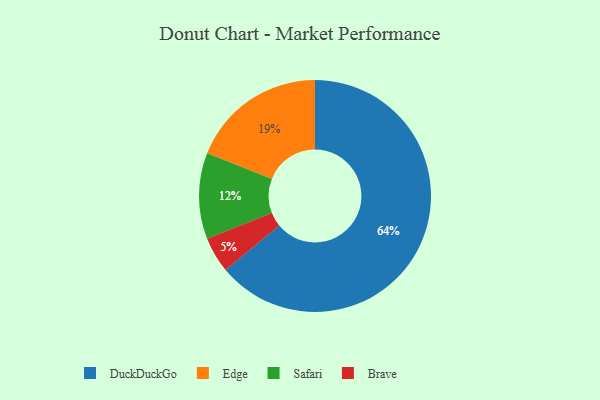
{"axis": {"x": "Category", "y": "Percentage"}, "legend": ["Brave", "DuckDuckGo", "Edge", "Safari"], "data": [{"x": "DuckDuckGo", "y": 64, "type": "DuckDuckGo"}, {"x": "Brave", "y": 5, "type": "Brave"}, {"x": "Edge", "y": 19, "type": "Edge"}, {"x": "Safari", "y": 12, "type": "Safari"}]}